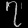
Digit: ၇